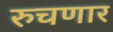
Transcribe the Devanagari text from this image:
रुचणार